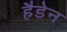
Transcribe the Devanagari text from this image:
हैडेन